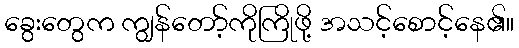
ခွေးတွေက ကျွန်တော့်ကိုကြိုဖို့ အသင့်စောင့်နေ၏။